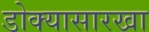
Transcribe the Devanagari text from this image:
डोक्यासारखा